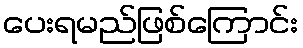
ပေးရမည်ဖြစ်ကြောင်း